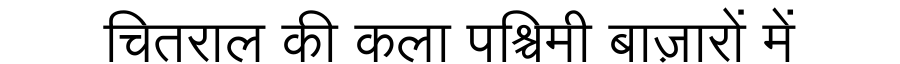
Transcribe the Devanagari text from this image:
चितराल की कला पश्चिमी बाज़ारों में